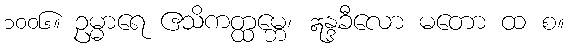
၁၀၀၆။ ဥမ္မာရေ ဧသိကတ္ထမ္ဘေ၊ ဣန္ဒခီလော မတော ထ စ။